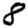
Digit: 8